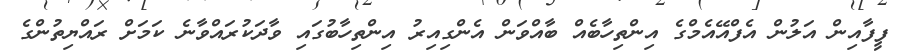
ފީފާއިން އަލުން އެފްއޭއެމްގެ އިންތިހާބެއް ބާއްވަން އެންގިއިރު އިންތިހާބުގައި ވާދަކުރައްވާނެ ކަމަށް ރައްޔިތުންގެ